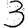
Digit: 3